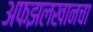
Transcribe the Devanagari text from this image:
अफझलखानचा